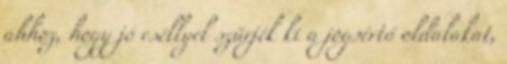
ahhoz, hogy jó eséllyel szűrjék ki a jogsértő oldalakat,